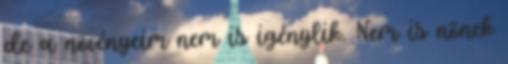
de a növényeim nem is igénylik. Nem is nõnek